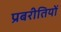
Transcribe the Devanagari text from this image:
प्रबरीतियों